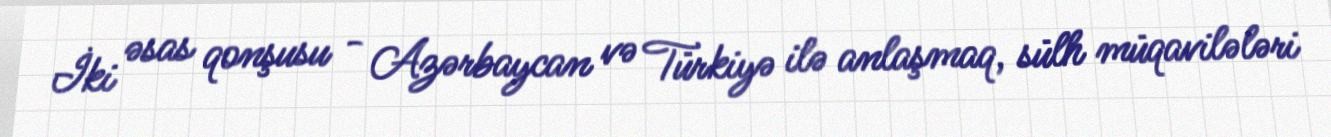
İki əsas qonşusu - Azərbaycan və Türkiyə ilə anlaşmaq, sülh müqavilələri